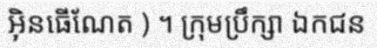
អ៊ិនធើណែត ) ។ ក្រុមប្រឹក្សា ឯកជន